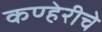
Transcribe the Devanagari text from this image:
कण्हेरीचे